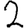
Digit: 2